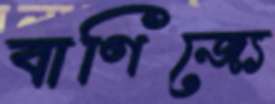
বাণিজ্যে